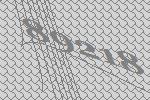
89218